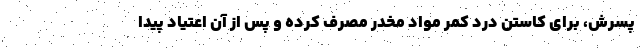
پسرش، برای کاستن درد کمر مواد مخدر مصرف کرده و پس از آن اعتیاد پیدا